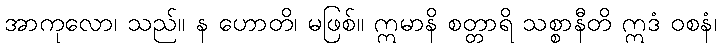
အာကုလော၊ သည်။ န ဟောတိ၊ မဖြစ်။ ဣမာနိ စတ္တာရိ သစ္စာနီတိ ဣဒံ ဝစနံ၊